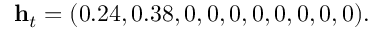
\mathbf { h } _ { t } = ( 0 . 2 4 , 0 . 3 8 , 0 , 0 , 0 , 0 , 0 , 0 , 0 , 0 ) .